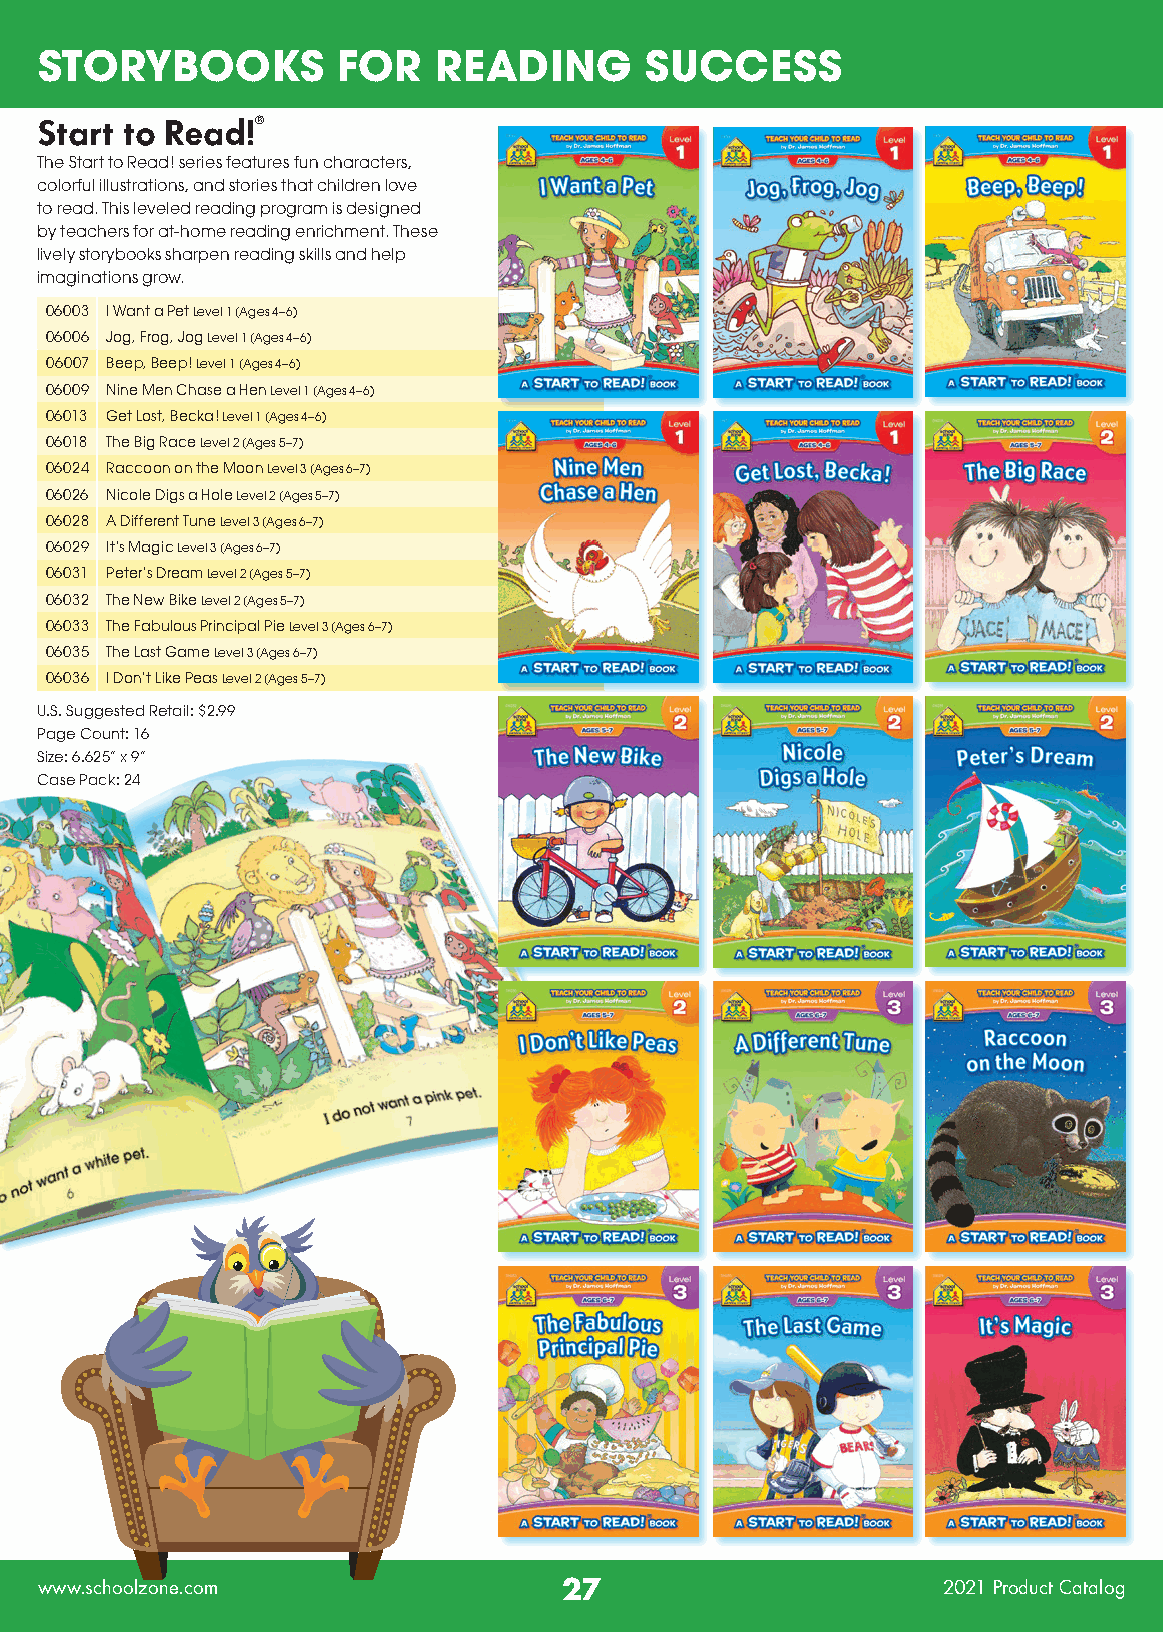
STORYBOOKS          FOR    READING       SUCCESS
 Start to Read!®
 The Start to Read! series features fun characters,
 colorful illustrations, and stories that children love
 to read. This leveled reading program is designed
 by teachers for at-home reading enrichment. These
 lively storybooks sharpen reading skills and help
 imaginations grow.
 06003 I Want a Pet Level 1 (Ages 4–6)
 06006 Jog, Frog, Jog Level 1 (Ages 4–6)
 06007 Beep, Beep! Level 1 (Ages 4–6)
 06009 Nine Men Chase a Hen Level 1 (Ages 4–6)
 06013 Get Lost, Becka! Level 1 (Ages 4–6)
 06018 The Big Race Level 2 (Ages 5–7)
 06024 Raccoon on the Moon Level 3 (Ages 6–7)
 06026 Nicole Digs a Hole Level 2 (Ages 5–7)
 06028 A Different Tune Level 3 (Ages 6–7)
 06029 It’s Magic Level 3 (Ages 6–7)
 06031 Peter’s Dream Level 2 (Ages 5–7)
 06032 The New Bike Level 2 (Ages 5–7)
 06033 The Fabulous Principal Pie Level 3 (Ages 6–7)
 06035 The Last Game Level 3 (Ages 6–7)
 06036 I Don’t Like Peas Level 2 (Ages 5–7)
 U.S. Suggested Retail: $2.99
 Page Count: 16
 Size: 6.625” x 9”
 Case Pack: 24
 www.schoolzone.com                 27                       2021 Product Catalog